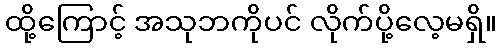
ထို့ကြောင့် အသုဘကိုပင် လိုက်ပို့လေ့မရှိ။